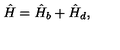
\hat { H } = \hat { H } _ { b } + \hat { H } _ { d } ,